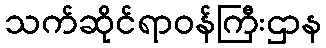
သက်ဆိုင်ရာဝန်ကြီးဌာန